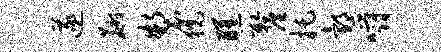
遂麝制猊醺厘托邰嚼